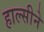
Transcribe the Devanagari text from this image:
हाल्सीने